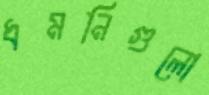
ধমনিগুলো